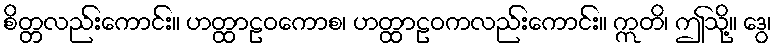
စိတ္တလည်းကောင်း။ ဟတ္ထာဠဝကောစ၊ ဟတ္ထာဠဝကလည်းကောင်း။ ဣတိ၊ ဤသို့။ ဒွေ၊